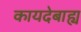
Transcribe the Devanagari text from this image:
कायदेबाह्य